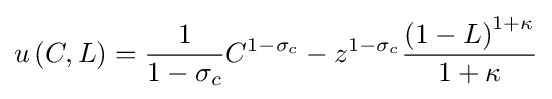
u\left(C,L\right)={\frac {1}{1-\sigma _{c}}}C^{1-\sigma _{c}}-z^{1-\sigma _{c}}{\frac {\left(1-L\right)^{1+\kappa }}{1+\kappa }}